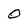
Character: O